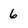
Character: 6